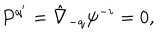
P ^ { q ^ { \prime } } = \hat { \nabla } _ { - q } \psi ^ { - i } = 0 ,